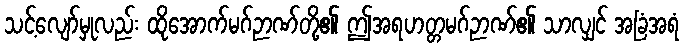
သင့်လျော်မှုလည်း ထိုအောက်မဂ်ဉာဏ်တို့၏ ဤအရဟတ္တမဂ်ဉာဏ်၏ သာလျှင် အခြံအရံ